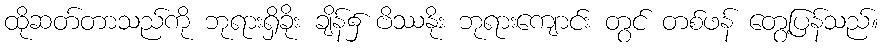
ထိုဆတ်တာသည်ကို ဘုရားရှိခိုး ချိန်၌ ဗိဿနိုး ဘုရားကျောင်း တွင် တစ်ဖန် တွေ့ပြန်သည်။